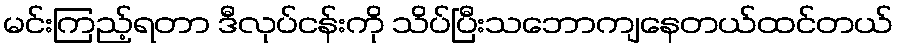
မင်းကြည့်ရတာ ဒီလုပ်ငန်းကို သိပ်ပြီးသဘောကျနေတယ်ထင်တယ်